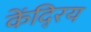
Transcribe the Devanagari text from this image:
केंदि्रय